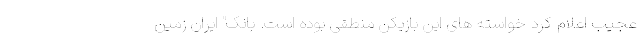
عجیب اعلام کرد خواسته های این بازیکن منطقی بوده است. بانک" ایران ‌زمین